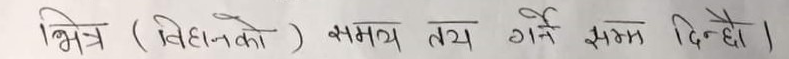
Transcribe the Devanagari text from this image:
भिन्न (विभिन्नको) समय तय गर्ने समय दिन्छ।